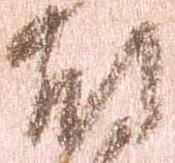
尉